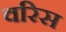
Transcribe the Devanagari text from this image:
वरिस